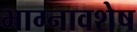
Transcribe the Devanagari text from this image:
भाग्नावशेष